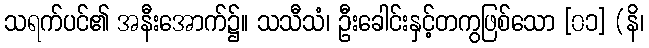
သရက်ပင်၏ အနီးအောက်၌။ သသီသံ၊ ဦးခေါင်းနှင့်တကွဖြစ်သော [၀၁] (နိ၊